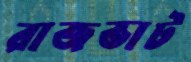
রাজভাট